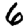
Digit: 6